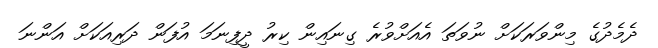
ދެމެދުގެ މިންވަރަކަށް ނުވަތަ އެއަށްވުރެ ގިނައިން ކިރު ދީފިނަމަ އުފަން ދަރިއަކަށް އަންނަ